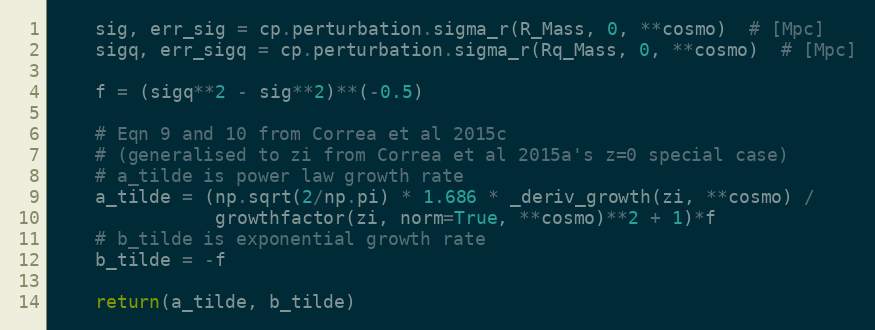
Language: Python
    sig, err_sig = cp.perturbation.sigma_r(R_Mass, 0, **cosmo)  # [Mpc]
    sigq, err_sigq = cp.perturbation.sigma_r(Rq_Mass, 0, **cosmo)  # [Mpc]

    f = (sigq**2 - sig**2)**(-0.5)

    # Eqn 9 and 10 from Correa et al 2015c
    # (generalised to zi from Correa et al 2015a's z=0 special case)
    # a_tilde is power law growth rate
    a_tilde = (np.sqrt(2/np.pi) * 1.686 * _deriv_growth(zi, **cosmo) /
               growthfactor(zi, norm=True, **cosmo)**2 + 1)*f
    # b_tilde is exponential growth rate
    b_tilde = -f

    return(a_tilde, b_tilde)